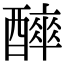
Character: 𨣑